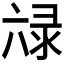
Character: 𭁖